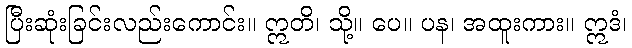
ပြီးဆုံးခြင်းလည်းကောင်း။ ဣတိ၊ သို့။ ပေ။ ပန၊ အထူးကား။ ဣဒံ၊